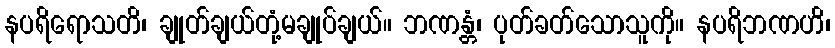
နပရိရောသတိ၊ ချုတ်ချယ်တုံ့မချုပ်ချယ်။ ဘဏန္တံ၊ ပုတ်ခတ်သောသူကို။ နပရိဘဏဟိ၊